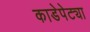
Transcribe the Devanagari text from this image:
काडेपेट्या